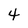
Character: 4